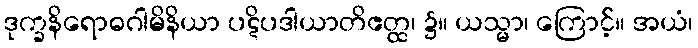
ဒုက္ခနိရောဓဂါမိနိယာ ပဋိပဒါယာတိဧတ္ထ၊ ၌။ ယသ္မာ၊ ကြောင့်။ အယံ၊